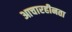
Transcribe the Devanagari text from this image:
आचारहीनता